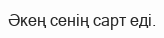
Әкең сенің сарт еді.